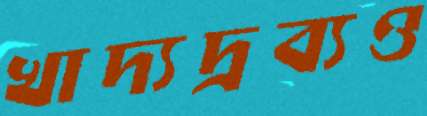
খাদ্যদ্রব্যও